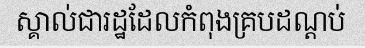
ស្គាល់ជារដ្ឋដែលកំពុងគ្របដណ្តប់